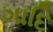
ગાદિ